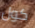
كول